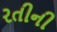
રતીની